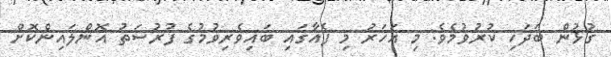
ގުޅުން ބަދަހި ކުރުވުމެވެ. މި އަހަރު މި ފެއާގައި ބައިވެރިވުމުގެ ފުރުސަތު އޮންލައިންކޮށް